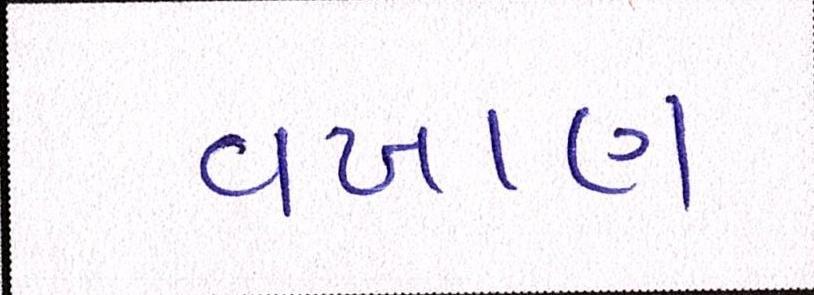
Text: વખાણ